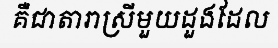
គឺជាតារាស្រីមួយដួងដែល